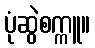
ပုံဆွဲစက္ကူ။